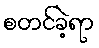
စတင်ခဲ့ရာ